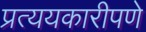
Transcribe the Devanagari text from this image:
प्रत्ययकारीपणे